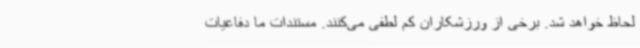
لحاظ خواهد شد. برخی از ورزشکاران کم لطفی می‌کنند. مستندات ما دفاعیات